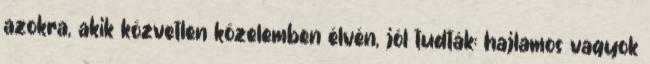
azokra, akik közvetlen közelemben élvén, jól tudták: hajlamos vagyok